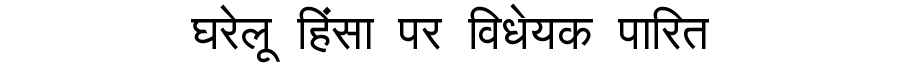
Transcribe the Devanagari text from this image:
घरेलू हिंसा पर विधेयक पारित